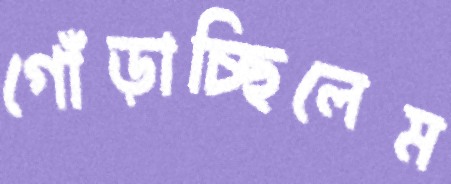
গোঁড়াচ্ছিলেম